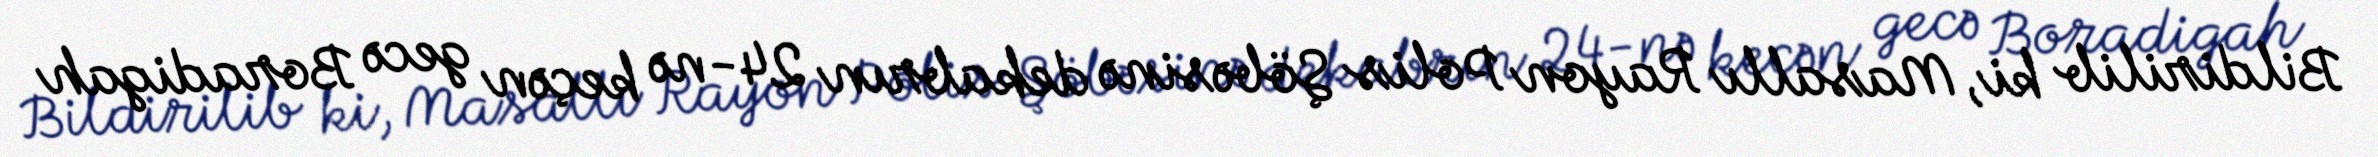
Bildirilib ki, Masallı Rayon Polis Şöbəsinə dekabrın 24-nə keçən gecə Boradigah